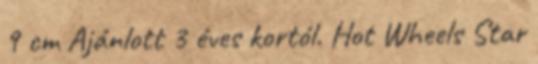
9 cm Ajánlott 3 éves kortól. Hot Wheels Star